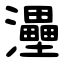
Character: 灅